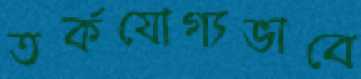
তর্কযোগ্যভাবে